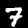
Digit: 7